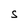
Character: S